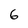
Character: 6